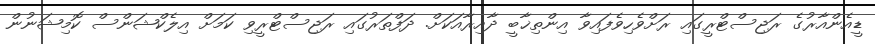
ޑީއެންއާރުގެ ރަޖިސްޓްރީގައި ރަށްވެހިވެފައިވާ އިންތިޚާބީ ދާއިރާއަކަށް. ދަފްތަރުގައި ރަޖިސްޓްރީވި ކަމަށް އިލެކްޝަންސް ކޮމިޝަނުން